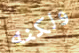
ولكنه